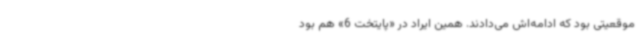
موقعیتی بود که ادامه‌اش می‌دادند. همین ایراد در «پایتخت 6» هم بود